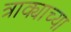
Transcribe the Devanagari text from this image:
त्राक्याच्या